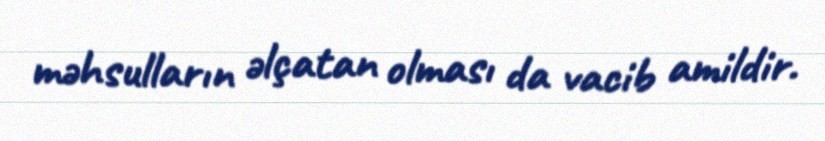
məhsulların əlçatan olması da vacib amildir.